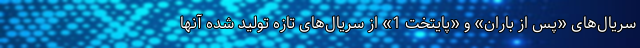
سریال‌های «پس از باران» و «پایتخت 1» از سریال‌های تازه تولید شده آنها